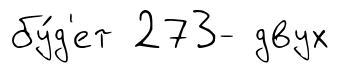
бу́д'ет 273- двух